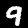
Label: 9